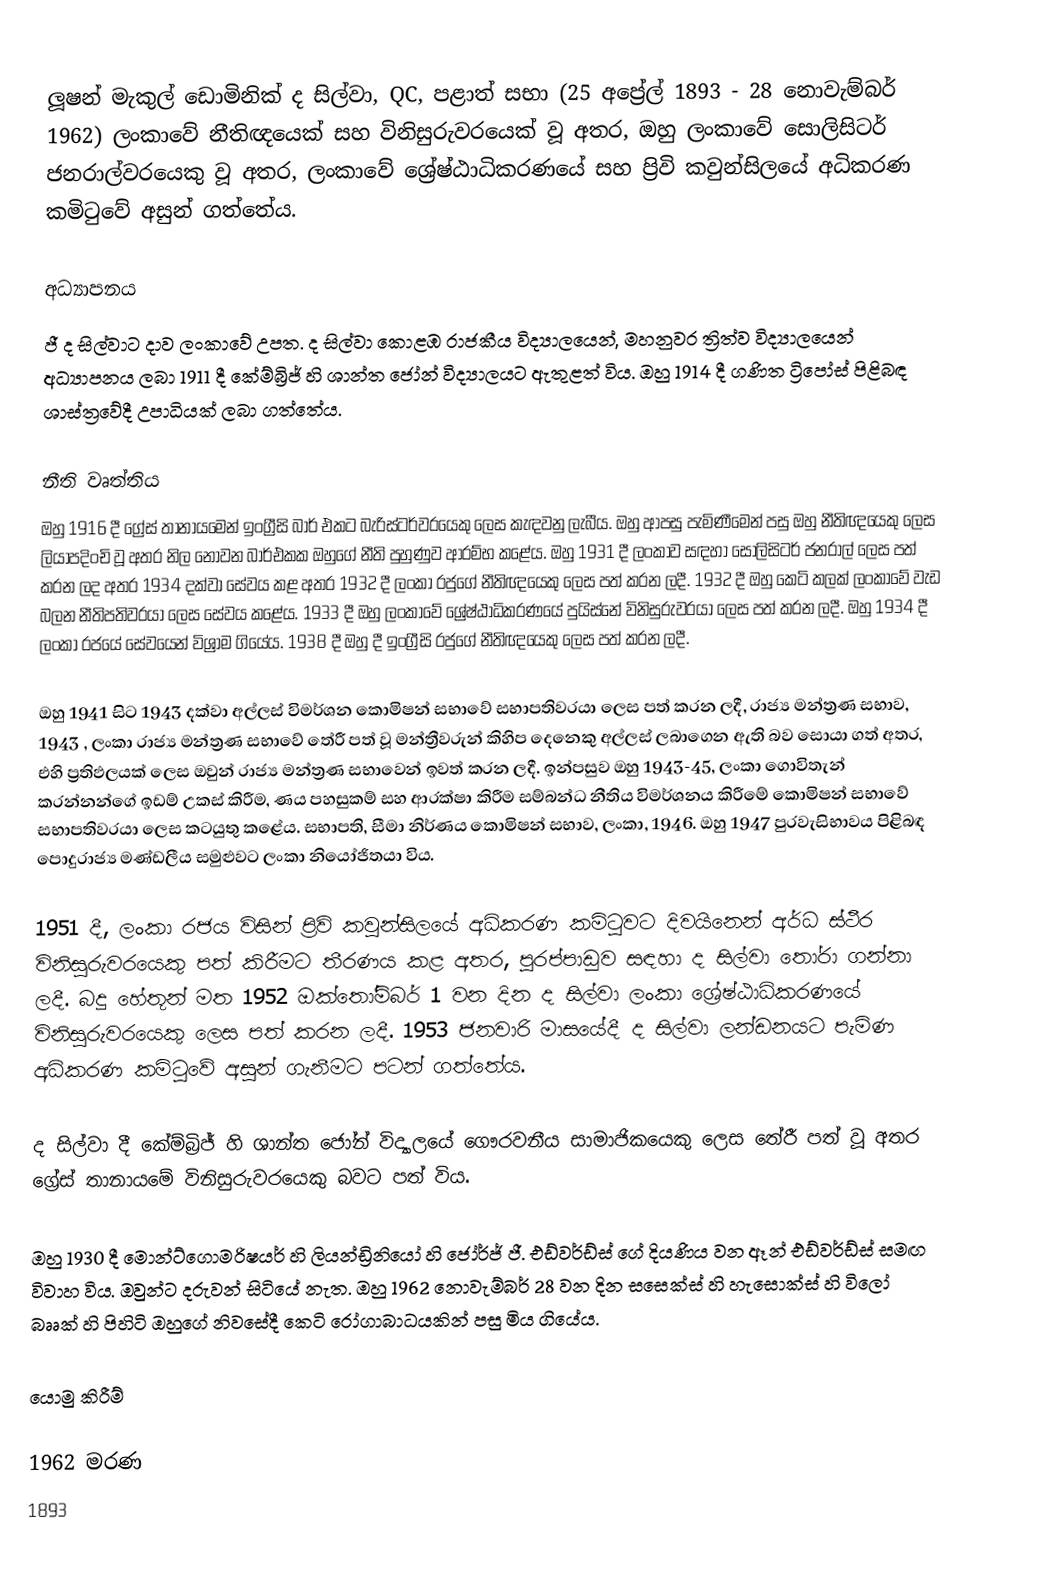
ලූෂන් මැකුල් ඩොමිනික් ද සිල්වා, QC, පළාත් සභා (25 අප්‍රේල් 1893 - 28 නොවැම්බර් 1962) ලංකාවේ නීතිඥයෙක් සහ විනිසුරුවරයෙක් වූ අතර, ඔහු ලංකාවේ සොලිසිටර් ජනරාල්වරයෙකු වූ අතර, ලංකාවේ ශ්‍රේෂ්ඨාධිකරණයේ සහ ප්‍රිවි කවුන්සිලයේ අධිකරණ කමිටුවේ අසුන් ගත්තේය.

අධ්‍යාපනය
ජී ද සිල්වාට දාව ලංකාවේ උපත. ද සිල්වා කොළඹ රාජකීය විද්‍යාලයෙන්, මහනුවර ත්‍රිත්ව විද්‍යාලයෙන් අධ්‍යාපනය ලබා 1911 දී කේම්බ්‍රිජ් හි ශාන්ත ජෝන් විද්‍යාලයට ඇතුළත් විය. ඔහු 1914 දී ගණිත ට්‍රිපෝස් පිළිබඳ ශාස්ත්‍රවේදී උපාධියක් ලබා ගත්තේය.

නීති වෘත්තිය
ඔහු 1916 දී ග්‍රේස් තානායමෙන් ඉංග්‍රීසි බාර් එකට බැරිස්ටර්වරයෙකු ලෙස කැඳවනු ලැබීය. ඔහු ආපසු පැමිණීමෙන් පසු ඔහු නීතිඥයෙකු ලෙස ලියාපදිංචි වූ අතර නිල නොවන බාර්එකක ඔහුගේ නීති පුහුණුව ආරම්භ කළේය. ඔහු 1931 දී ලංකාව සඳහා සොලිසිටර් ජනරාල් ලෙස පත් කරන ලද අතර 1934 දක්වා සේවය කළ අතර 1932 දී ලංකා රජුගේ නීතිඥයෙකු ලෙස පත් කරන ලදී. 1932 දී ඔහු කෙටි කලක් ලංකාවේ වැඩ බලන නීතිපතිවරයා ලෙස සේවය කළේය. 1933 දී ඔහු ලංකාවේ ශ්‍රේෂ්ඨාධිකරණයේ පුයිස්නේ විනිසුරුවරයා ලෙස පත් කරන ලදී. ඔහු 1934 දී ලංකා රජයේ සේවයෙන් විශ්‍රාම ගියේය. 1938 දී ඔහු  දී ඉංග්‍රීසි රජුගේ නීතිඥයෙකු ලෙස පත් කරන ලදී.

ඔහු 1941 සිට 1943 දක්වා අල්ලස් විමර්ශන කොමිෂන් සභාවේ සභාපතිවරයා ලෙස පත් කරන ලදී, රාජ්‍ය මන්ත්‍රණ සභාව, 1943 , ලංකා රාජ්‍ය මන්ත්‍රණ සභාවේ තේරී පත් වූ මන්ත්‍රීවරුන් කිහිප දෙනෙකු අල්ලස් ලබාගෙන ඇති බව සොයා ගත් අතර, එහි ප්‍රතිඵලයක් ලෙස ඔවුන් රාජ්‍ය මන්ත්‍රණ සභාවෙන් ඉවත් කරන ලදී. ඉන්පසුව ඔහු 1943-45, ලංකා ගොවිතැන් කරන්නන්ගේ ඉඩම් උකස් කිරීම, ණය පහසුකම් සහ ආරක්ෂා කිරීම සම්බන්ධ නීතිය විමර්ශනය කිරීමේ කොමිෂන් සභාවේ සභාපතිවරයා ලෙස කටයුතු කළේය. සභාපති, සීමා නිර්ණය කොමිෂන් සභාව, ලංකා, 1946. ඔහු 1947 පුරවැසිභාවය පිළිබඳ පොදුරාජ්‍ය මණ්ඩලීය සමුළුවට ලංකා නියෝජිතයා විය.

1951 දී, ලංකා රජය විසින් ප්‍රිවි කවුන්සිලයේ අධිකරණ කමිටුවට දිවයිනෙන් අර්ධ ස්ථීර විනිසුරුවරයෙකු පත් කිරීමට තීරණය කළ අතර, පුරප්පාඩුව සඳහා ද සිල්වා තෝරා ගන්නා ලදී. බදු හේතූන් මත 1952 ඔක්තෝම්බර් 1 වන දින ද සිල්වා ලංකා ශ්‍රේෂ්ඨාධිකරණයේ විනිසුරුවරයෙකු ලෙස පත් කරන ලදී. 1953 ජනවාරි මාසයේදී ද සිල්වා ලන්ඩනයට පැමිණ අධිකරණ කමිටුවේ අසුන් ගැනීමට පටන් ගත්තේය.

ද සිල්වා  දී කේම්බ්‍රිජ් හි ශාන්ත ජෝන් විද්‍යාලයේ ගෞරවනීය සාමාජිකයෙකු ලෙස තේරී පත් වූ අතර ග්‍රේස් තානායමේ විනිසුරුවරයෙකු බවට පත් විය.

ඔහු 1930 දී මොන්ට්ගොමරිෂයර් හි ලියන්ඩ්‍රිනියෝ හි ජෝර්ජ් ජී. එඩ්වර්ඩ්ස් ගේ දියණිය වන ඈන් එඩ්වර්ඩ්ස් සමඟ විවාහ විය. ඔවුන්ට දරුවන් සිටියේ නැත. ඔහු 1962 නොවැම්බර් 28 වන දින සසෙක්ස් හි හැසොක්ස් හි විලෝ බෲක් හි පිහිටි ඔහුගේ නිවසේදී කෙටි රෝගාබාධයකින් පසු මිය ගියේය.

යොමු කිරීම්

1962 මරණ
1893